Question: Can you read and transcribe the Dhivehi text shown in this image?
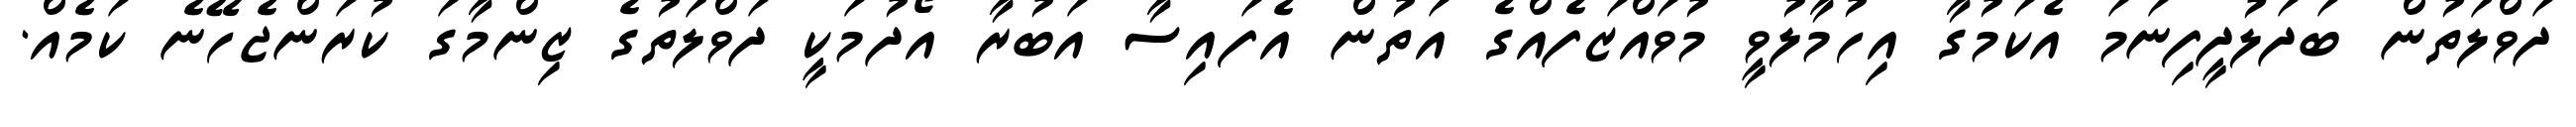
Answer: ދަވްލަތުން ބަދަލުދީފިނަމަ އެކަމުގާ އިހުމާލުވީ މުވައްޒަފެއްގެ އަތުން އެފައިސާ އަބުރާ އޯދުމަކީ ދަވްލަތުގެ ޒިންމާގަ ކުރަންޖެހޭނެ ކަމެއް.